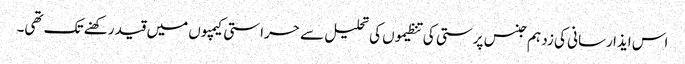
اس ایذا رسانی کی زد ہم جنس پرستی کی تنظیموں کی تحلیل سے حراستی کیمپوں میں قید رکھنے تک تھی۔